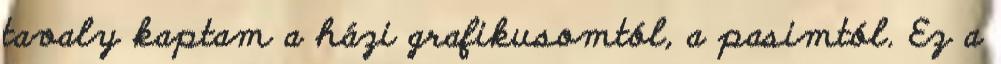
tavaly kaptam a házi grafikusomtól, a pasimtól. Ez a